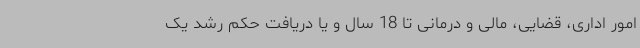
امور اداری، قضایی، مالی و درمانی تا 18 سال و یا دریافت حکم رشد یک